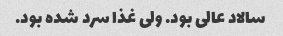
سالاد عالی بود. ولی غذا سرد شده بود.